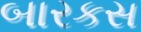
બારકસ